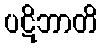
ပဋိဘာတိ